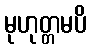
မုဟုတ္တမပိ